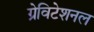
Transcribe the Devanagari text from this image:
ग्रेविटेशनल